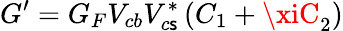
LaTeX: G^{\prime}={G_{F}}V_{cb}V_{c\mathsf{s}}^{*}\left(C_{1}+\xiC_{2}\right)